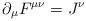
LaTeX: \begin{align*}\partial_\mu F^{\mu\nu}=J^\nu\end{align*}